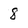
Character: 8